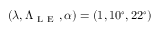
( \lambda , \Lambda _ { \mathrm { ~ L ~ E ~ } } , \alpha ) = ( 1 , 1 0 ^ { \circ } , 2 2 ^ { \circ } )